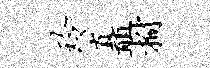
玲矗拊